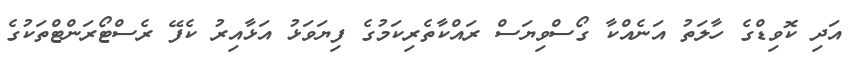
އަދި ކޮވިޑްގެ ހާލަތު އަނެއްކާ ގޯސްވިޔަސް ރައްކާތެރިކަމުގެ ފިޔަވަޅު އަޅާއިރު ކެފޭ ރެސްޓޯރަންޓްތަކުގެ